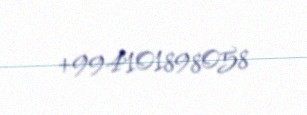
+994101898058